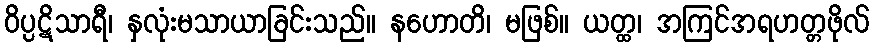
ဝိပ္ပဋိသာရီ၊ နှလုံးမသာယာခြင်းသည်။ နဟောတိ၊ မဖြစ်။ ယတ္ထ၊ အကြင်အရဟတ္တဖိုလ်